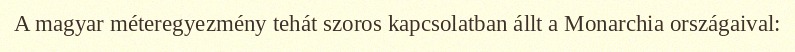
A magyar méteregyezmény tehát szoros kapcsolatban állt a Monarchia országaival: